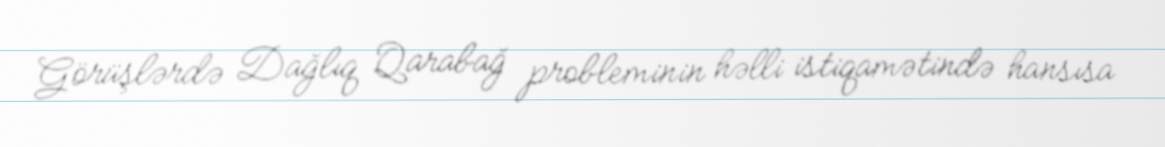
Görüşlərdə Dağlıq Qarabağ probleminin həlli istiqamətində hansısa